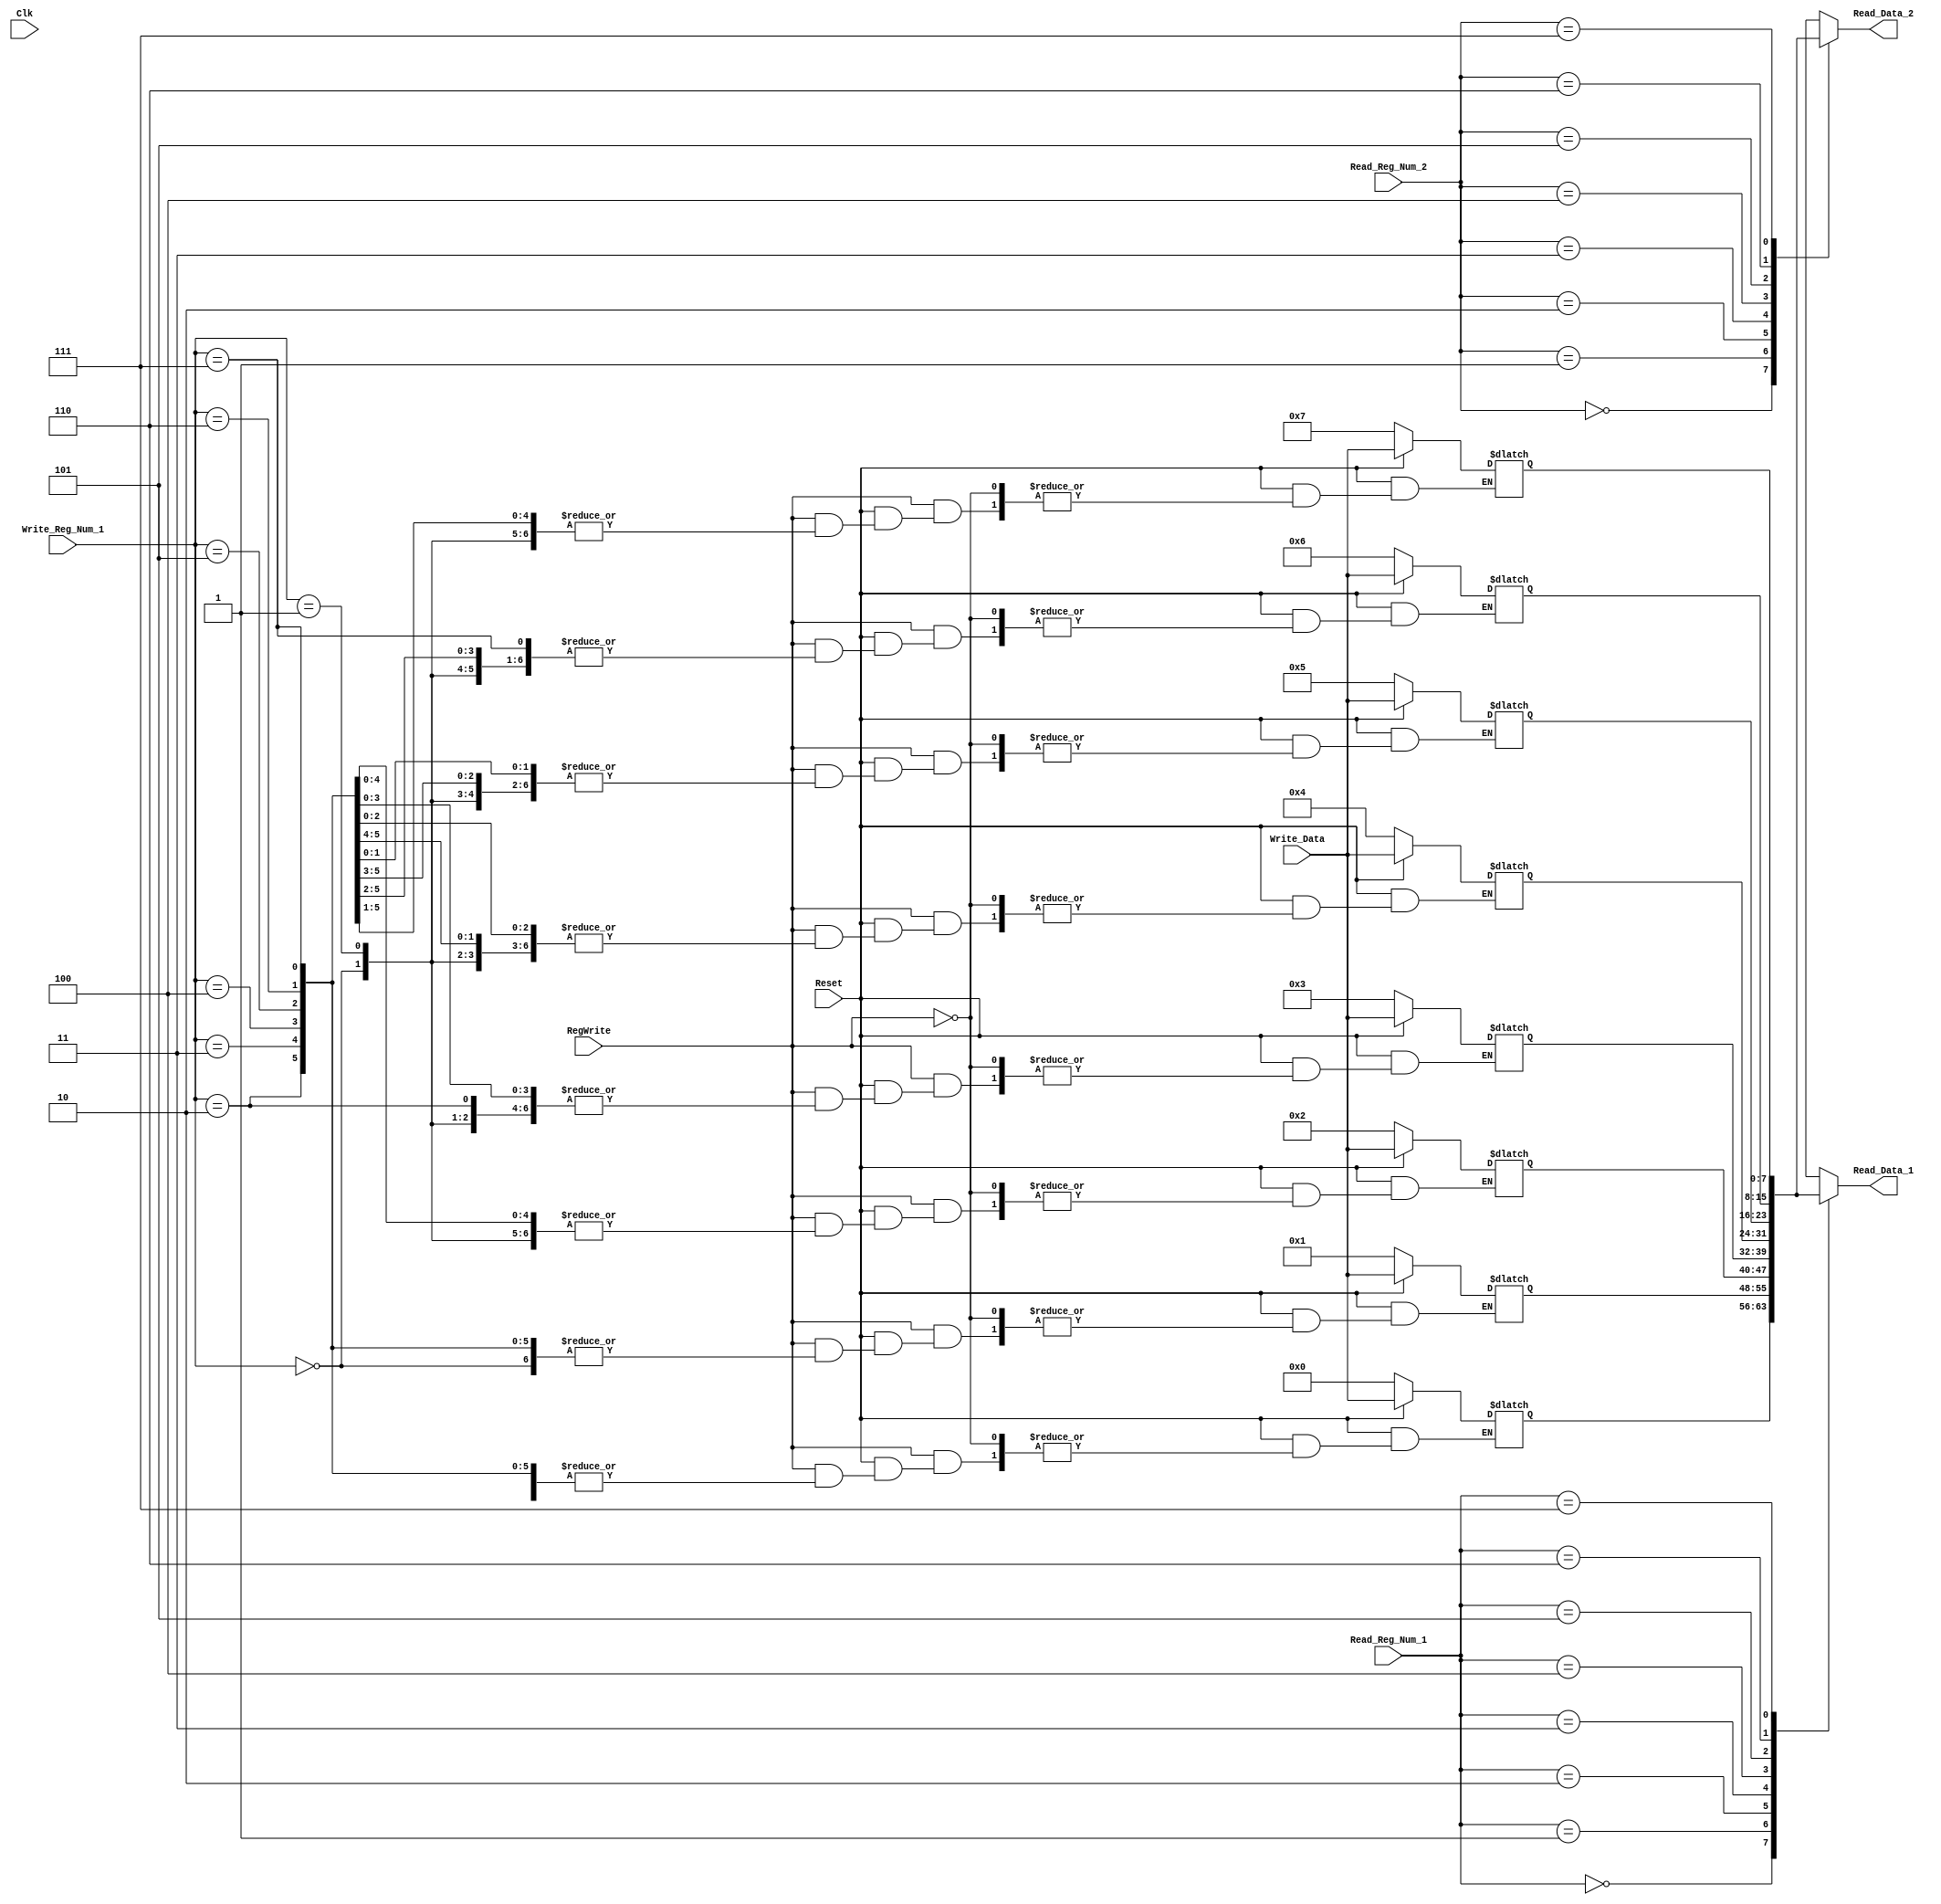
`timescale 1ns / 1ps

module RegisterFile (
    input [2:0] Read_Reg_Num_1,
    input [2:0] Read_Reg_Num_2,
    input [2:0] Write_Reg_Num_1,
    input [7:0] Write_Data,
    output [7:0] Read_Data_1,
    output [7:0] Read_Data_2,
    input RegWrite,
    input Clk,
    input Reset
);

  reg [7:0] RegMemory[7:0];
  integer i;
  always @(*) begin
    if (Reset == 0) begin
      RegMemory[0] = 32'h0000_0000;
      RegMemory[1] = 32'h0000_0001;
      RegMemory[2] = 32'h0000_0002;
      RegMemory[3] = 32'h0000_0003;
      RegMemory[4] = 32'h0000_0004;
      RegMemory[5] = 32'h0000_0005;
      RegMemory[6] = 32'h0000_0006;
      RegMemory[7] = 32'h0000_0007;
    end else if (RegWrite == 1) begin
      RegMemory[Write_Reg_Num_1] = Write_Data;
    end
  end

  assign Read_Data_1 = RegMemory[Read_Reg_Num_1];
  assign Read_Data_2 = RegMemory[Read_Reg_Num_2];

endmodule